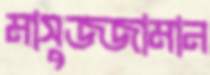
মাসুজ্জামান